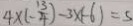
4 \times ( - \frac { 1 3 } { 4 } ) - 3 \times ( - 6 ) = 5